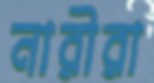
নারীরা